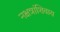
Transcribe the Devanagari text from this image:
नक्षत्रांशिवाय